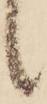
候